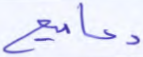
دعاميع